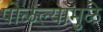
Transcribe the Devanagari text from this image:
पोळल्यामुळे